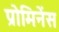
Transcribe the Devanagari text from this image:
प्रोमिनेंस